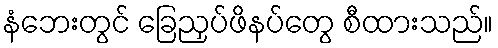
နံဘေးတွင် ခြေညှပ်ဖိနပ်တွေ စီထားသည်။